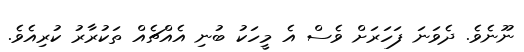
ނޫނެވެ. ދެވަނަ ފަހަރަށް ވެސް އެ މީހަކު ބުނި އެއްޗެއް ތަކުރާރު ކުރިއެވެ.